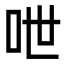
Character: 呭